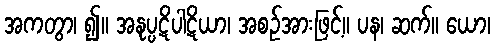
အကတွာ၊ ၍။ အနုပ္ပဋိပါဋိယာ၊ အစဉ်အားဖြင့်။ ပန၊ ဆက်။ ယော၊